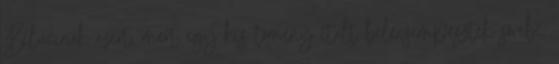
Bélucinak azért, mert egy kis tömény italt belecsempésztek sörébe,